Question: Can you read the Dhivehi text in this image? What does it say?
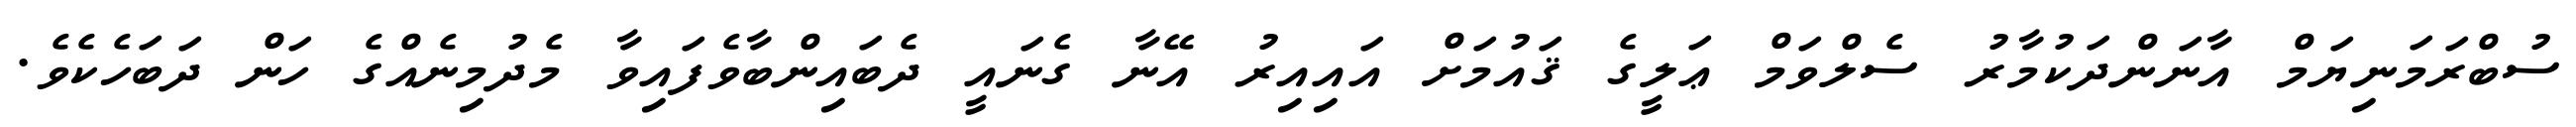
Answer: ސުބްރަމަނިޔަމް އާނަންދަކުމާރު ސެލްވަމް ޢަލީގެ ޤައުމަށް އައިއިރު އޭނާ ގެނައީ ދެބައިންބާވެފައިވާ މެދުމިނެއްގެ ހަން ދަބަހެކެވެ.